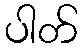
ပါတ်